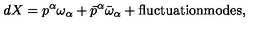
d X = p ^ { \alpha } \omega _ { \alpha } + \bar { p } ^ { \alpha } \bar { \omega } _ { \alpha } + \mathrm { f l u c t u a t i o n m o d e s } ,